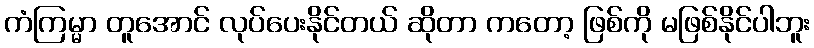
ကံကြမ္မာ တူအောင် လုပ်ပေးနိုင်တယ် ဆိုတာ ကတော့ ဖြစ်ကို မဖြစ်နိုင်ပါဘူး